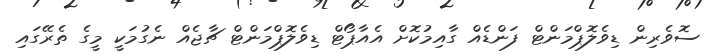
ސޮވެރިން ޑިވެލޮޕްމަންޓް ފަންޑެއް ގާއިމުކޮށް އެއާޕޯޓް ޑިވެލޮޕްމަންޓް ޗާޖެއް ނެގުމަކީ މީގެ ތެރޭގައި